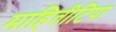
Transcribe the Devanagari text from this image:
माहितीटिपा